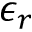
\epsilon _ { r }